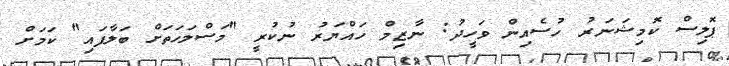
ޕޮލިސް ކޮމިޝަނަރު ހުސެއިން ވަހީދު: ނާޒިމް ހައްޔަރު ނުކުރީ "މަސްލަހަތަށް ބަލާފައި" ކަމަށް